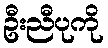
ဦးညီပုကို